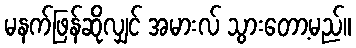
မနက်ဖြန်ဆိုလျှင် အမားလ် သွားတော့မည်။